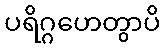
ပရိဂ္ဂဟေတွာပိ